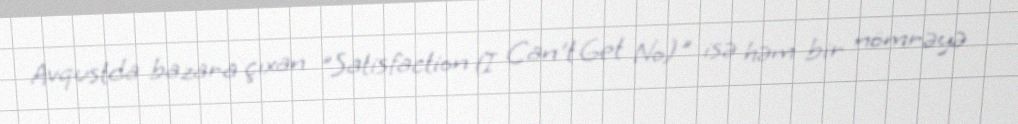
Avqustda bazara çıxan "Satisfaction (I Can't Get No)" isə həm bir nömrəyə